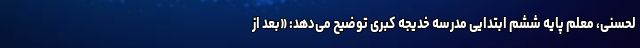
لحسنی، معلم پایه ششم ابتدایی مدرسه خدیجه کبری توضیح می‌دهد: «بعد از